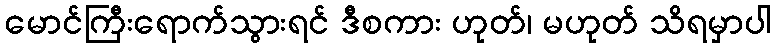
မောင်ကြီးရောက်သွားရင် ဒီစကား ဟုတ်၊ မဟုတ် သိရမှာပါ